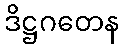
ဒိဋ္ဌဂတေန